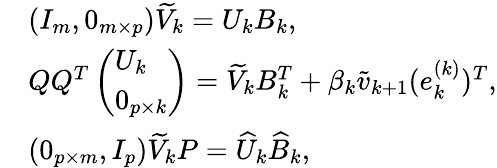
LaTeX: \begin{array}{rl}&{(I_{m},0_{m\times p})\widetilde{V}_{k}=U_{k}B_{k},}\\ &{QQ^{T}\left(\begin{array}{l}{U_{k}}\\ {0_{p\times k}}\end{array}\right)=\widetilde{V}_{k}B_{k}^{T}+\beta_{k}\tilde{v}_{k+1}(e_{k}^{(k)})^{T},}\\ &{(0_{p\times m},I_{p})\widetilde{V}_{k}P=\widehat{U}_{k}\widehat{B}_{k},}\end{array}